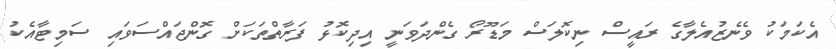
އެކަމަކު ވެނެޒުއެލާގެ ރައީސް ނިކޮލަސް މަޑޫރޯ ގެންދަވަނީ އިދިކޮޅު ފަރާތްތަކަށް ގޮންޖައްސަވައި ސަމިޓާއެކު